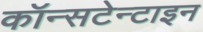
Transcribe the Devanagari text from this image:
कॉन्सटेन्टाइन